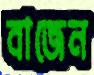
বাজেন